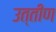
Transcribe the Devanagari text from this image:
उत्‍तीण